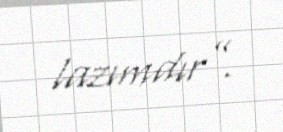
lazımdır”.